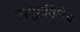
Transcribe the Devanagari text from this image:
समूहविशेष